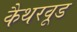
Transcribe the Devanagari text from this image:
कैथरवूड